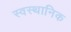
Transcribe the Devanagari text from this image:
स्वस्थानिक